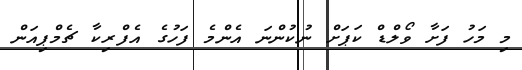
މި މަހު ފަށާ ވޯލްޑް ކަޕަށް ނުކުންނަ އެންމެ ފަހުގެ އެފްރިކާ ޗެމްޕިއަން